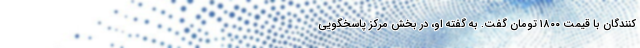
کنندگان با قیمت ۱۸۰۰ تومان گفت. به گفته او، در بخش مرکز پاسخگویی